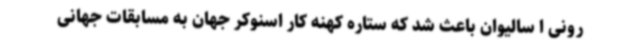
رونی ا سالیوان باعث شد که ستاره کهنه کار اسنوکر جهان به مسابقات جهانی